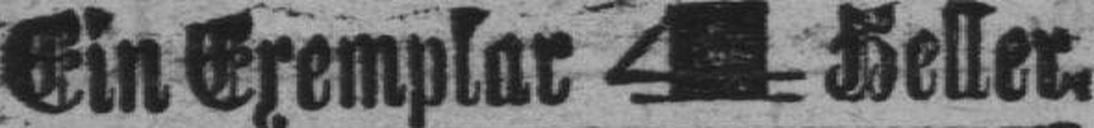
Ein Exemplar 4 Keller.